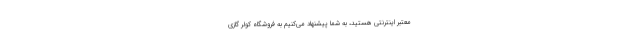
معتبر اینترنتی هستید، به شما پیشنهاد می‌کنیم به فروشگاه کولر گازی